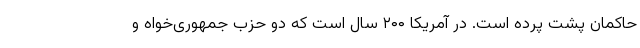
حاکمان پشت پرده است. در آمریکا ۲۰۰ سال است که دو حزب جمهوری‌خواه و